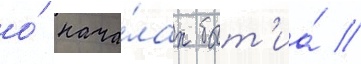
о́ нача́лах быт'иа́ /